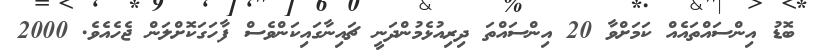
ބޮޑު އިންސައްތައެއް ކަމަށްވާ 20 އިންސައްތަ ދިރިއުޅެމުންދަނީ ޗައިނާގައިކަންވެސް ފާހަގަކޮށްލަން ޖެހެއެވެ. 2000